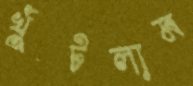
খুঁটলাম